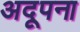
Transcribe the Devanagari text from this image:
अदूपना